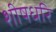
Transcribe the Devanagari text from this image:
शीषधरि